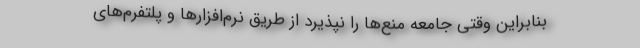
بنابراین وقتی جامعه منع‌ها را نپذیرد از طریق نرم‌افزارها و پلتفرم‌های